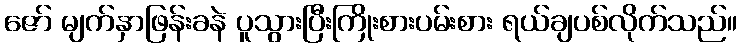
ဇော် မျက်နှာဖြန်းခနဲ ပူသွားပြီးကြိုးစားပမ်းစား ရယ်ချပစ်လိုက်သည်။